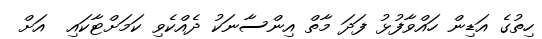
ހިތުގެ އަޑިން ހައްވާފުޅު ފަދަ މާތް އިންސާނަކު ދެއްކެވި ކަމަށްޓާކައި  އަށް